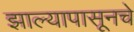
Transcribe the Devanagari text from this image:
झाल्यापासूनचे